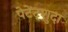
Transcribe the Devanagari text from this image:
पेटेंट्शुदा